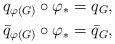
LaTeX: \begin{align*}q_{\varphi(G)}\circ \varphi_* &=q_G, \\\bar{q}_{\varphi(G)}\circ \varphi_* &=\bar{q}_G,\end{align*}